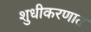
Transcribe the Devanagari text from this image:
शुधीकरणात